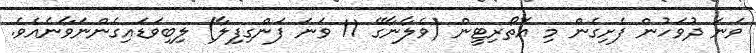
ވަނަ ދުވަހުން ފެށިގެން މި އޮތޯރިޓީން (ވެލާނާގޭ 11 ވަނަ ފަންގިފިލާ) ލިބިވަޑައިގެންނަވާނެއެވެ.